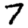
Digit: 7